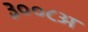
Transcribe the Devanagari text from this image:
३००८अ